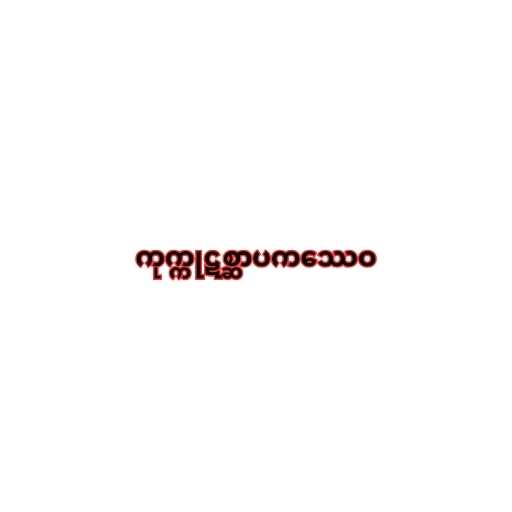
ကုက္ကုဋစ္ဆာပကဿေဝ